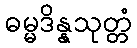
ဓမ္မဒိန္နသုတ္တံ